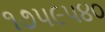
૧૭૫૯૫૪૦